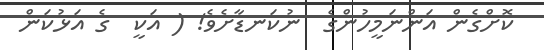
ކޮށްގެން އަންނަމީހުންގެ  ނުކަނޑާށެވެ! ( އަކީ  ގެ އަޅުކަން